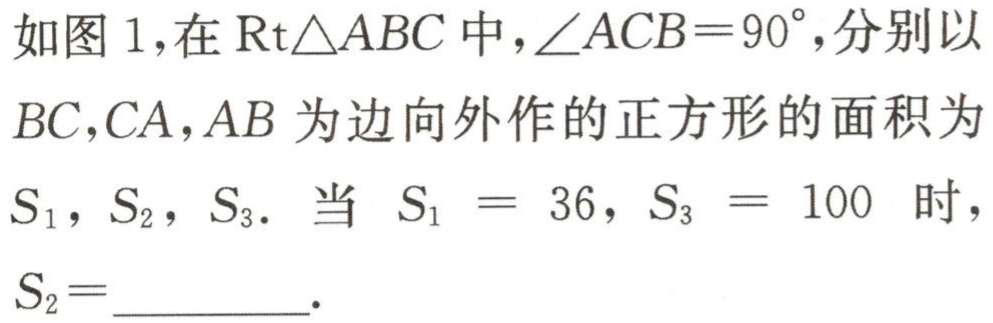
如图 1,在$\text{Rt}\triangle ABC$中,$\angle ACB = 90^{\circ}$,分别以$BC,CA,AB$为边向外作的正方形的面积为$S_{1}$，$S_{2}$，$S_{3}$. 当$S_{1}=36$，$S_{3}=100$时，$S_{2}=$_________.